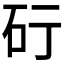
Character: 𥐡